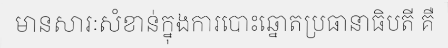
មានសារៈសំខាន់ក្នុងការបោះឆ្នោតប្រធានាធិបតី គឺ